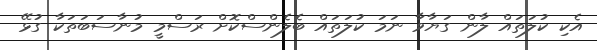
އެކި ކުލަތައް ލާން ގަޔާވާ ނަމަ ކުލަތައް ބެލެންސްކޮށް ރަސްމީ މުނާސަބަތަކާ ގުޅޭ